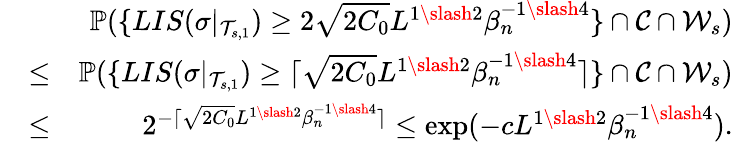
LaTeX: \begin{array}{rlr}&{}&{\mathbb{P}(\{ LIS(\sigma|_{\mathcal{T}_{s,1}})\geq 2\sqrt{2C_{0}}L^{1\slash 2}\beta_{n}^{-1\slash 4}\} \cap\mathcal{C}\cap\mathcal{W}_{s})}\\ &{\leq}&{\mathbb{P}(\{ LIS(\sigma|_{\mathcal{T}_{s,1}})\geq\lceil\sqrt{2C_{0}}L^{1\slash 2}\beta_{n}^{-1\slash 4}\rceil\} \cap\mathcal{C}\cap\mathcal{W}_{s})}\\ &{\leq}&{2^{-\lceil\sqrt{2C_{0}}L^{1\slash 2}\beta_{n}^{-1\slash 4}\rceil}\leq\exp(-cL^{1\slash 2}\beta_{n}^{-1\slash 4}).}\end{array}